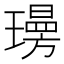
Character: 𭺄